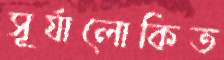
সূর্যালোকিত